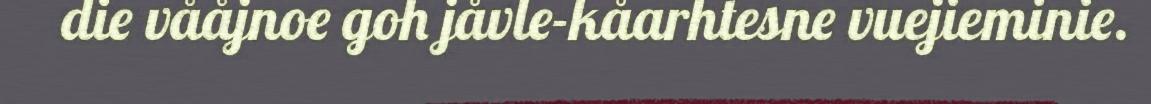
die vååjnoe goh jåvle-kåarhtesne vuejieminie.